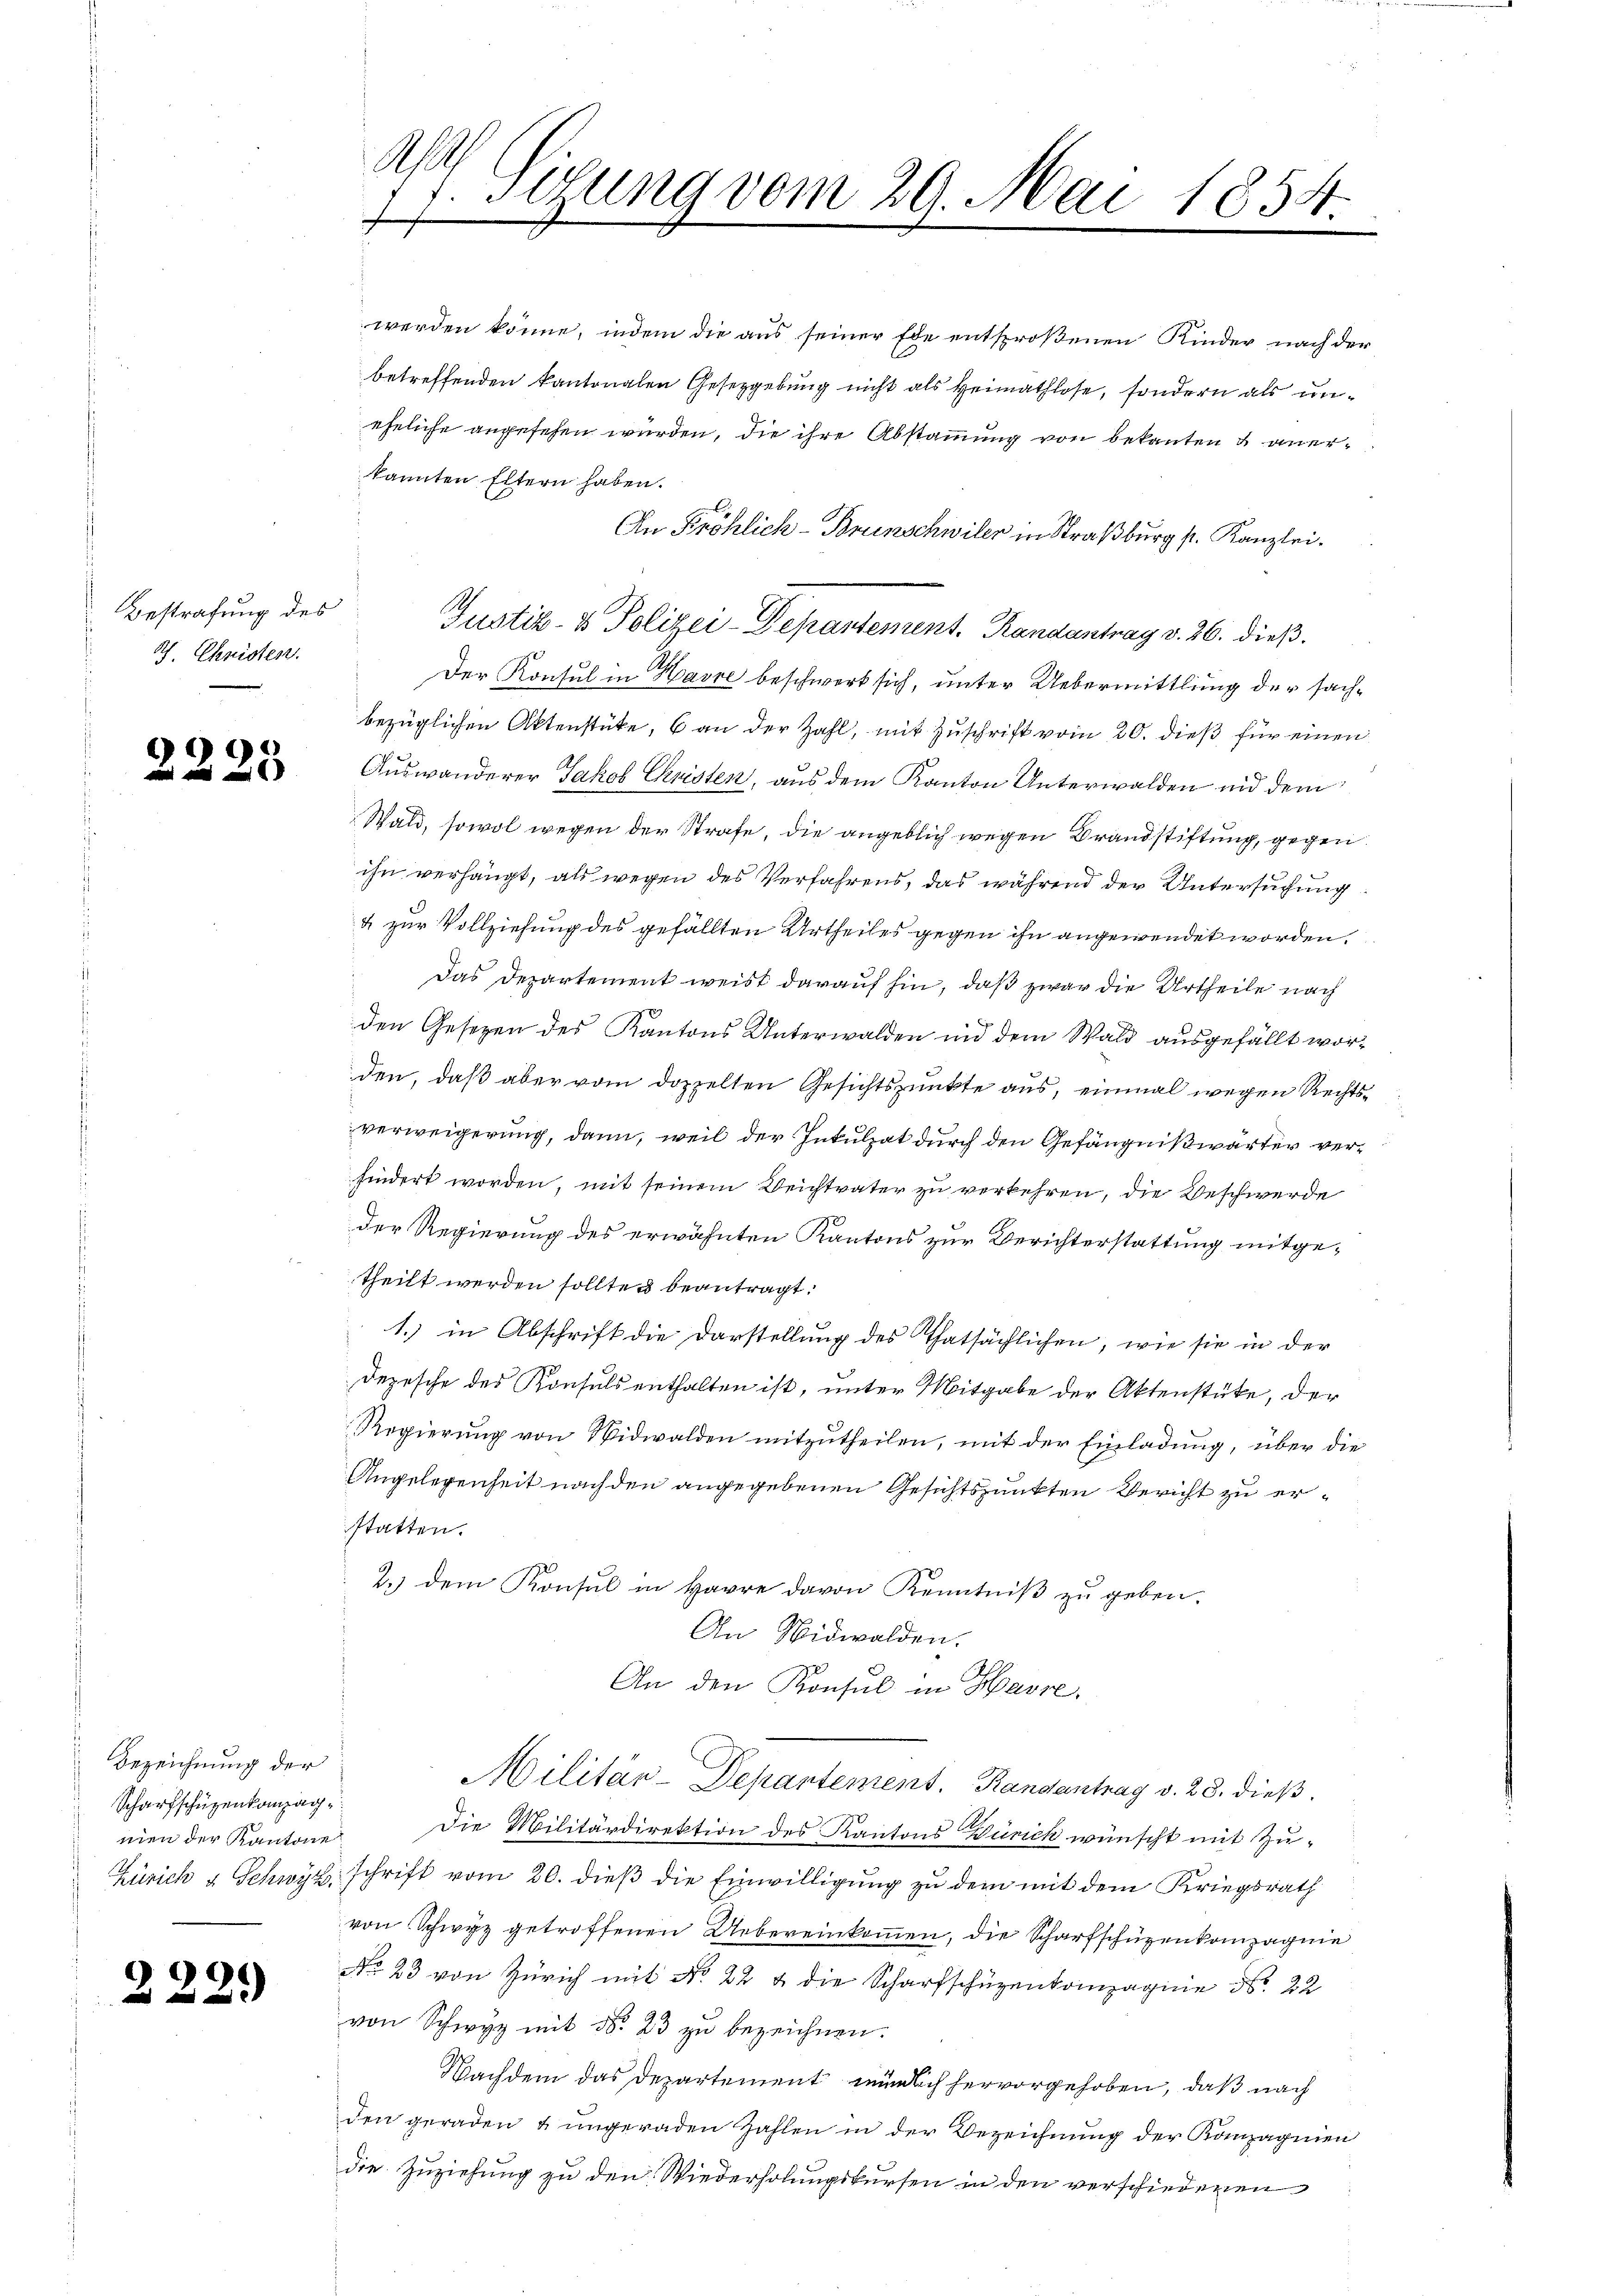
Bestrafung des
Ph. Christen.

2225

1
Bezeichnung der
Scharfschüzenkompag¬

229

A
sehung vom 20. Mai 1854
f
e

werden könne, indem die aus seiner Ede entsproßenen Kinder nach der
betreffenden kantonalen Gesetzgebung nicht als Heimathlose, sondern als uneheliche angesehen wurden, die ihre Abstammung von bekanten & anerkannten Eltern haben.
An Fröhlich-Brunschwiler in Straßburg s. Kanzlei.
Justiz- & Polizei-Departement. Randantrag v. 26. dieß.
Der Konsul in Havre beschwert sich, unter Uebermittlung der sachbezüglichen Aktenstücke, 6 an der Zahl, mit Zuschrift vom 20. dieß für einen
Auswanderer Jakob Christen, aus dem Kanton Unterwalden und dem
Wald, sowol wegen der Strafe, die angeblich wegen Brandstiftung, gegen
ihn verhängt, als wegen des Verfahrens, das während der Untersuchung
& zur Vollziehung des gefällten Urtheiles gegen ihn angewendet worden,
s
Das Departement weist darauf hin, daß zwar die Urtheile nach
den Gesetzen des Kantons Unterwalden und dem Wald ausgefällt worden, daß aber vom doppelten Gesichtspunkte aus, einmal wegen Rechtsverweigerung, dann, weil der Inkulpat durch den Gefängnißwärter verhindert worden, mit seinem Beichtvater zu verkehren, die Beschwerde
der Regierung des erwähnten Kantons zur Berichterstattung mitgetheilt werden sollte beantragt.
1. in Abschrift die Darstellung des Thatsächlichen, wie sie in der
Depesche des Konsuls enthalten ist, unter Mitgabe der Aktenstüke, der
Regierung von Nidwalden mitzutheilen, mit der Einladung, über die
Angelegenheit nach den angegebenen Gesichtspunkten Bericht zu erstatten.
2.) dem Konsul in Havre davon Kenntniβ zŭ geben.
An Nidwalden.
An den Konsul in Havre,
Militär-Departement.   Randantrag v. 28. dieß
nien der Kantone die Militärdirektion des Kantons Zürich wünscht mit Zu¬
Zürich & Schwyz schrift vom 20. dieß die Einwilligung zu dem mit dem Kriegsrath
von Schwyz getroffenen Uebereinkommen, die Scharfschüzenkompagnie
No 23 von Zürich mit No 22 & die Scharfschüzenkompagnie Nr. 22
von Schwyz mit No. 23 zu bezeichnen.
Nachdem das Departement mündlich hervorgehoben, daß nach
den geraden & ungeraden Zahlen in der Bezeichnung der Kanzagnien
die Zuziehung zu den Wiederholungskursen in den verschiederen